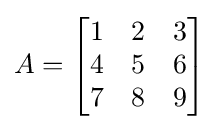
A={\begin{bmatrix}1&2&3\\4&5&6\\7&8&9\end{bmatrix}}